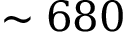
\sim 6 8 0